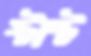
স্টান্ট